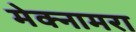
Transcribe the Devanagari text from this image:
मेक्नामरा